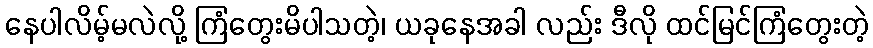
နေပါလိမ့်မလဲလို့ ကြံတွေးမိပါသတဲ့၊ ယခုနေအခါ လည်း ဒီလို ထင်မြင်ကြံတွေးတဲ့